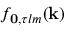
f _ { \mathbf { 0 } , \tau l m } ( \mathbf { k } )